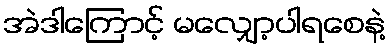
အဲဒါကြောင့် မလျှော့ပါရစေနဲ့